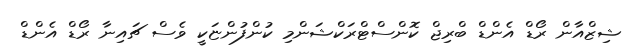
ޝިޒްއާން ރޯޑް އެންޑް ބްރިޖް ކޮންސްޓްރަކްޝަންމި ކުންފުންޏަކީ ވެސް ޗައިނާ ރޯޑް އެންޑް